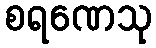
စရဏေသု